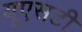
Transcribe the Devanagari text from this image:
यूएसटी